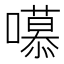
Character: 𭋼